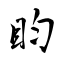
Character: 盷